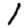
Digit: 1